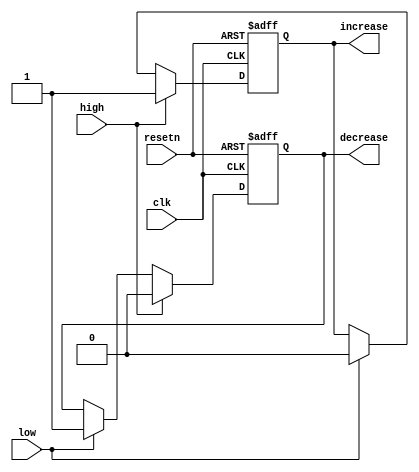
//direction flipflop
module directionff (clk, resetn, high, low, increase, decrease);
	input clk;
	input resetn;
	input high;
	input low;
	output reg increase, decrease;
	
	always @ (posedge clk or negedge resetn)
	begin
		if (!resetn)
		begin
			increase <= 1;
			decrease <= 0;
		end
		else
		begin
			if (high)
			begin
				increase <= 1;
				decrease <= 0;
			end
			else if (low)
			begin
				increase <= 0;
				decrease <= 1;
			end
			else
			begin
				increase <= increase;
				decrease <= decrease;
			end
		end
	end
endmodule